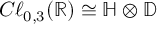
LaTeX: C \ell _ { 0 , 3 } ( \mathbb { R } ) \cong \mathbb { H } \otimes \mathbb { D }